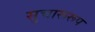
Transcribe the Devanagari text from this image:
सुचारूरूप